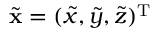
\widetilde { { \mathbf x } } = ( \widetilde { x } , \widetilde { y } , \widetilde { z } ) ^ { { \mathrm T } }